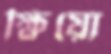
ক্ষিয়ো